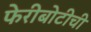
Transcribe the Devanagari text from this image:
फेरीबोटीची